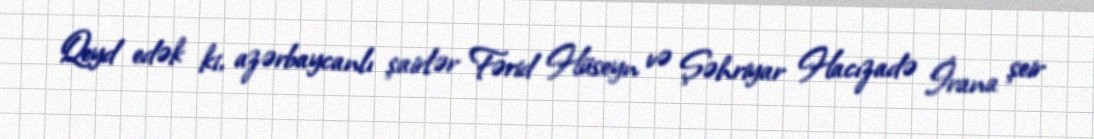
Qeyd edək ki, azərbaycanlı şairlər Fərid Hüseyn və Şəhriyar Hacızadə İrana şeir